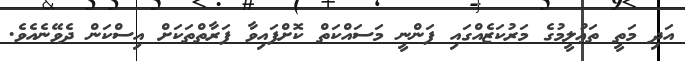
އަދި މަތީ ތަޢުލީމުގެ މަރުކަޒެއްގައި ފަންނީ މަސައްކަތް ކޮށްފައިވާ ފަރާތްތަކަށް އިސްކަން ދެވޭނެއެވެ.